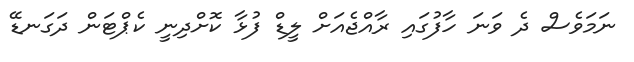
ނަމަވެސް ދެ ވަނަ ހާފުގައި ރާއްޖެއަށް ލީޑް ފުޅާ ކޮށްދިނީ ކެޕްޓަން ދަގަނޑޭ